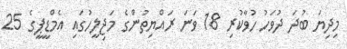
މިދިޔަ ބުދަ ދުވަހު ހުވާކުރި 18 ވަނަ ރައްޔިތުންގެ މަޖިލީހުގައި އެމްޑީޕީގެ 25